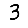
Digit: 3